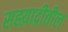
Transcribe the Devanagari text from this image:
सह्य़ाद्रीतील